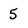
Character: 5